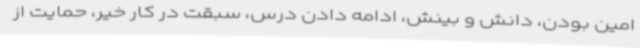
امین بودن، دانش و بینش، ادامه دادن درس، سبقت در کار خیر، حمایت از